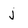
Character: j